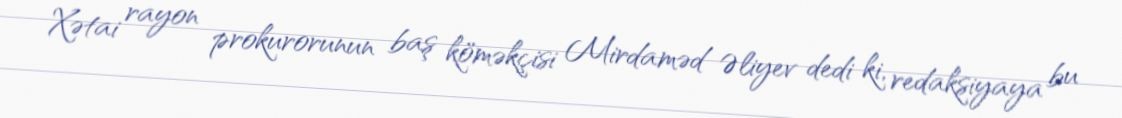
Xətai rayon prokurorunun baş köməkçisi Mirdaməd Əliyev dedi ki, redaksiyaya bu